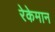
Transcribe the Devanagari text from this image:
रेकेमान